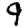
Digit: 9